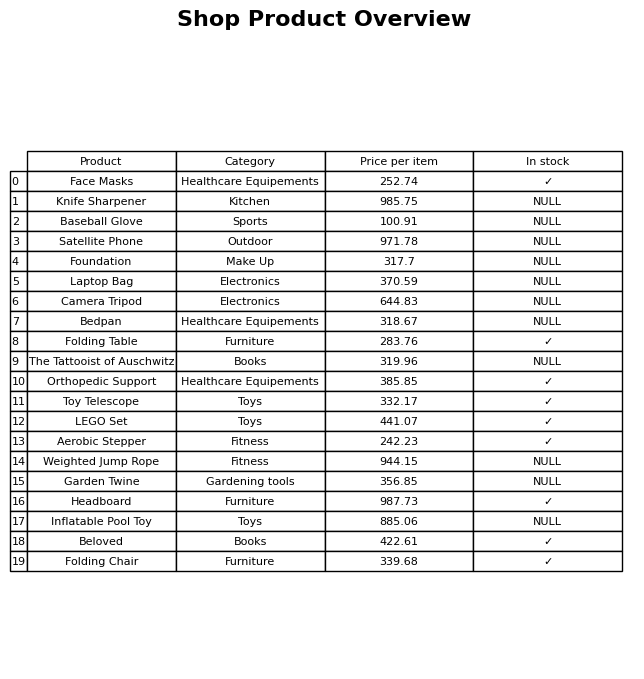
question: Which products are available in stock?
answer: Face Masks, Folding Table, Orthopedic Support, Toy Telescope, LEGO Set, Aerobic Stepper, Headboard, Beloved, Folding Chair